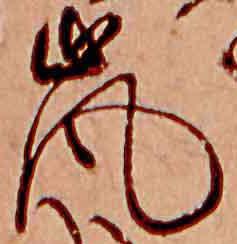
嵐